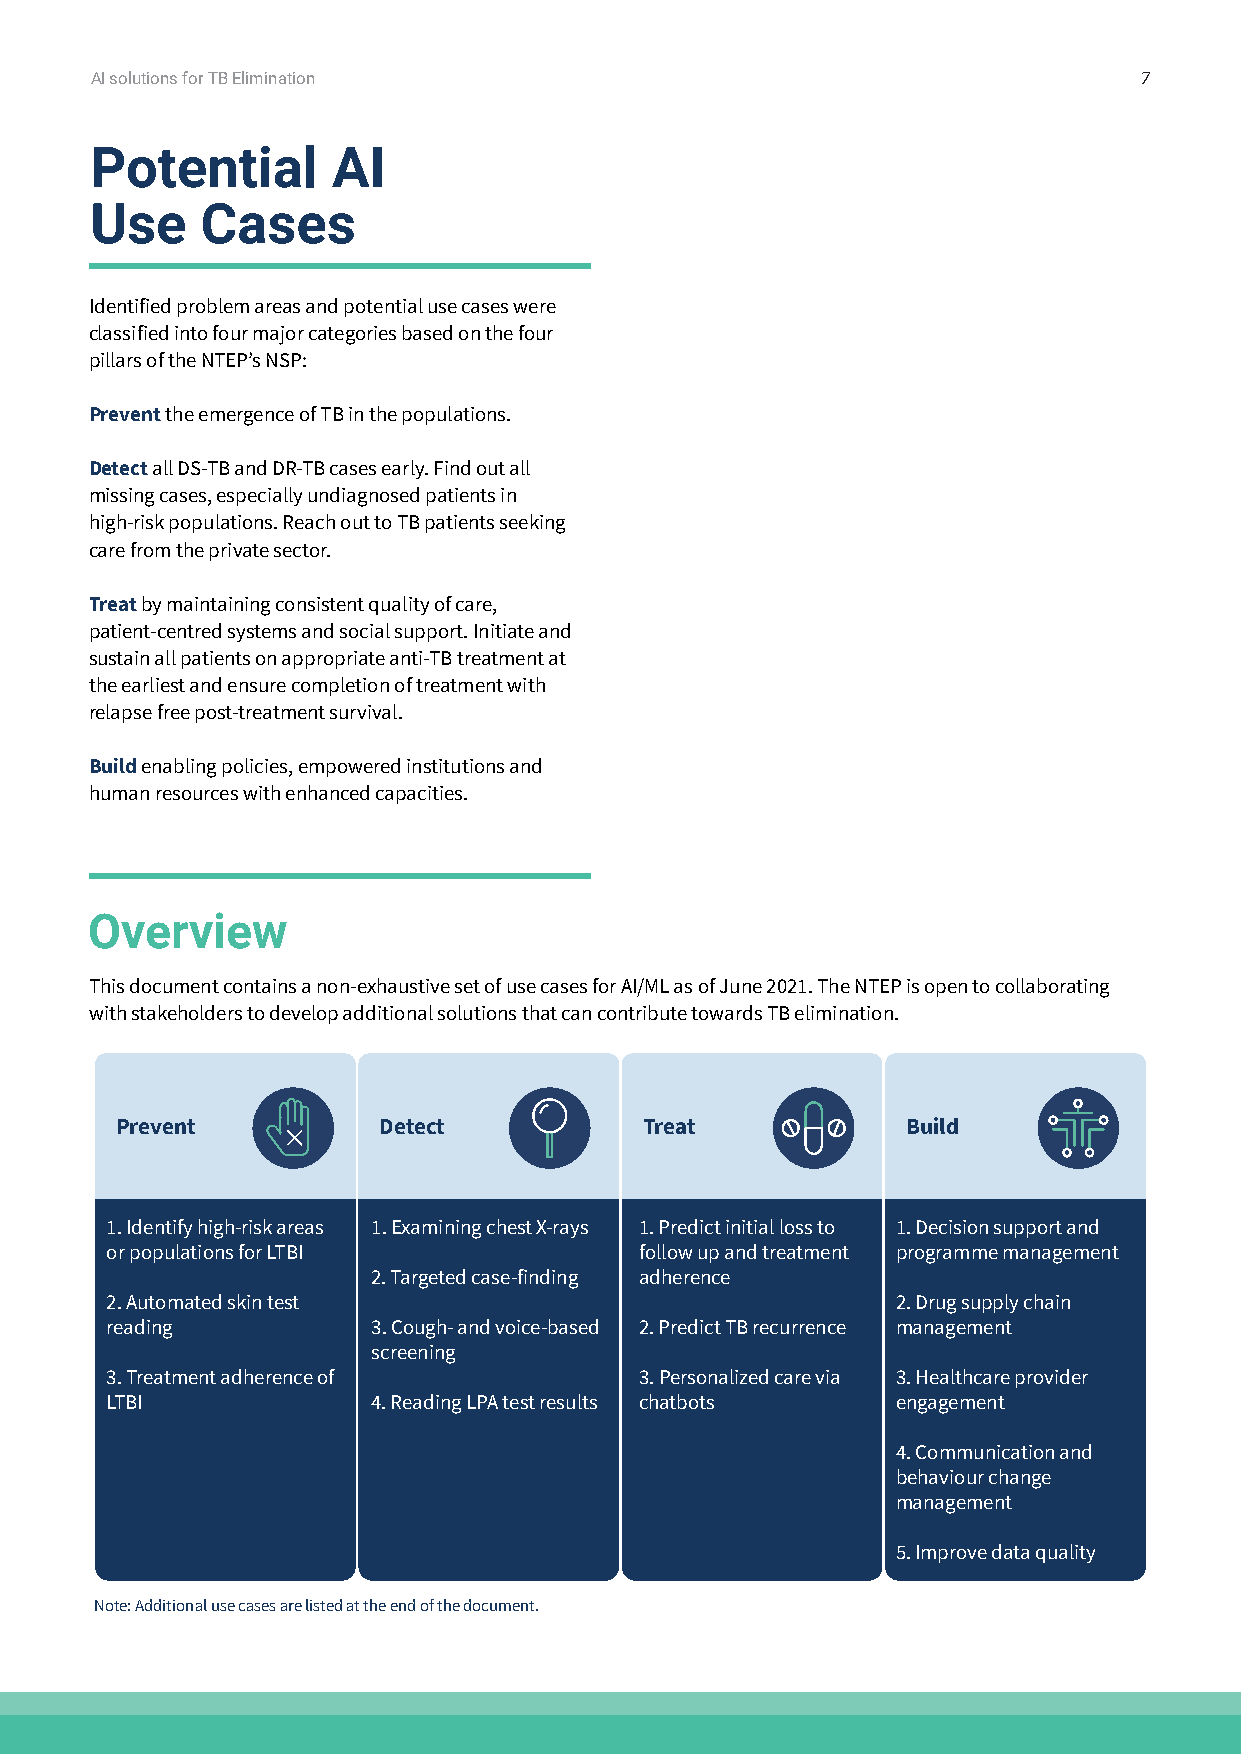
AI solutions for TB Elimination                                      7
 Potential       AI
 Use    Cases
 Identified problem areas and potential use cases were
 classified into four major categories based on the four
 pillars of the NTEP’s NSP:
 Prevent the emergence of TB in the populations.
 Detect all DS-TB and DR-TB cases early. Find out all
 missing cases, especially undiagnosed patients in
 high-risk populations. Reach out to TB patients seeking
 care from the private sector.
 Treat by maintaining consistent quality of care,
 patient-centred systems and social support. Initiate and
 sustain all patients on appropriate anti-TB treatment at
 the earliest and ensure completion of treatment with
 relapse free post-treatment survival.
 Build enabling policies, empowered institutions and
 human resources with enhanced capacities.
 Overview
 This document contains a non-exhaustive set of use cases for AI/ML as of June 2021. The NTEP is open to collaborating
 with stakeholders to develop additional solutions that can contribute towards TB elimination.
 Prevent          Detect            Treat            Build
 1. Identify high-risk areas 1. Examining chest X-rays 1. Predict initial loss to 1. Decision support and
 or populations for LTBI            follow up and treatment programme management
 2. Targeted case-finding adherence
 2. Automated skin test                              2. Drug supply chain
 reading           3. Cough- and voice-based 2. Predict TB recurrence management
 screening
 3. Treatment adherence of          3. Personalized care via 3. Healthcare provider
 LTBI              4. Reading LPA test results chatbots engagement
 4. Communication and
 behaviour change
 management
 5. Improve data quality
 Note: Additional use cases are listed at the end of the document.